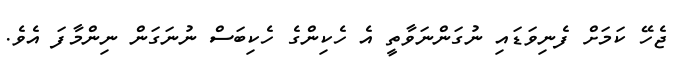
ޖެހޭ ކަމަށް ފެނިވަޑައި ނުގަންނަވާތީ އެ ހެކިންގެ ހެކިބަސް ނުނަގަން ނިންމާފަ އެވެ.